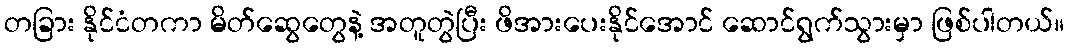
တခြား နိုင်ငံတကာ မိတ်ဆွေတွေနဲ့ အတူတွဲပြီး ဖိအားပေးနိုင်အောင် ဆောင်ရွက်သွားမှာ ဖြစ်ပါတယ်။